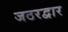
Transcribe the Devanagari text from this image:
जठरद्वार